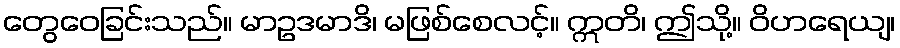
တွေဝေခြင်းသည်။ မာဥဒမာဒိ၊ မဖြစ်စေလင့်။ ဣတိ၊ ဤသို့။ ဝိဟရေယျ၊